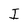
Character: I